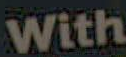
With